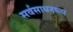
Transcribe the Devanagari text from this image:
सर्वसाधनरूप